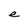
Character: e